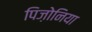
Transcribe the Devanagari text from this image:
पिज़ोनिया